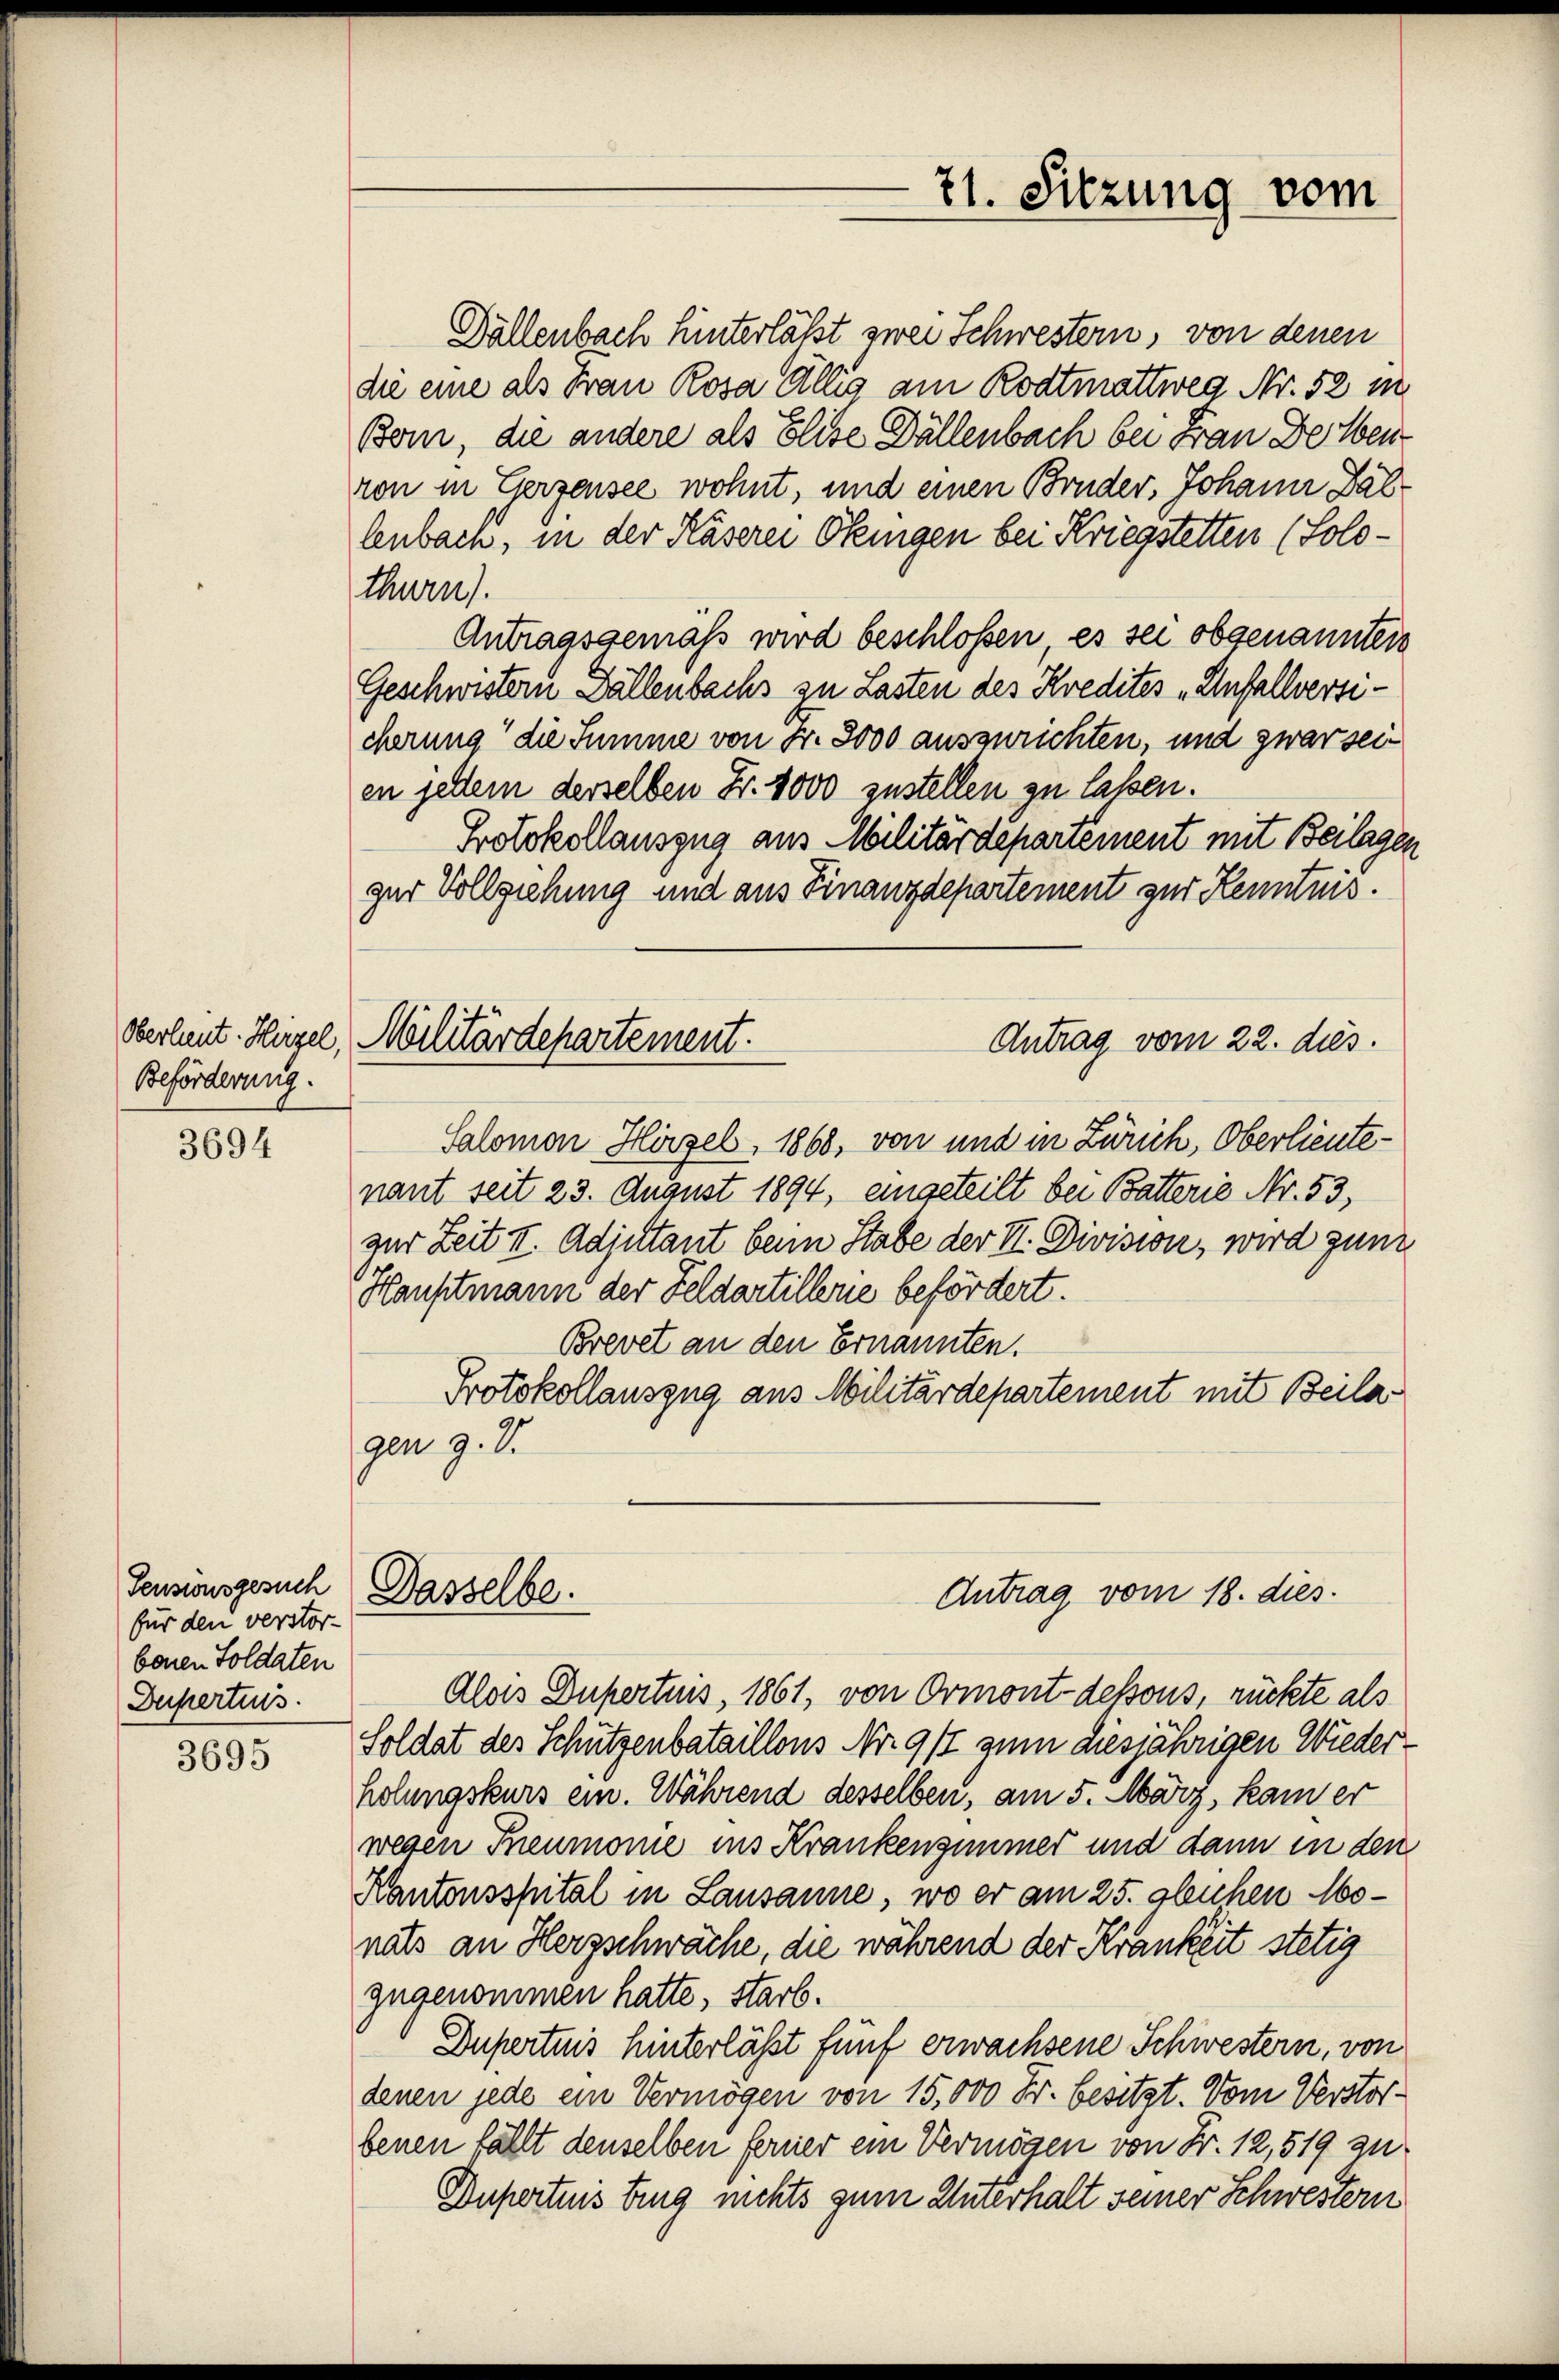
Oberlieut. Hirzel,
Beförderung.

3694

3695

Tensionsgesuch
für den verstor-
benen Soldaten
Duperteis

Dällenbach hinterläßt zwei Schwestern, von denen
die eine als Frau Rosa ällig am Rodtmattweg Nr. 52 in
Bem, die andere als Elise Dällenbach bei Frau Delben
von in Gerzensee wohnt, und einen Bruder, Johann al
lenbach, in der Käserei Okingen bei Kriegstetten (Solothurn).
Antragsgemäss wird beschloßen es sei obgenannten
Geschwistern Fällenbachs zu Lasten des Kredites „Unfallversicherung die Summe von Fr. 3000 auszurichten, und zwar seien jedem derselben Fr. 1000 zustellen zu lassen.
Protokollauszug aus Militärdepartement mit Beilagen
zer Vollziehung und aus Finanzdepartement zur Kenntnis.
Militärdepartement.
Antrag vom 22. dies.
Salomon Hirzel, 1868, von und in Zürich, Oberlieutenant seit 23. August 1894, eingeteilt bei Batterie Nr. 53,
zur Zeit II. Adjutant beim Stabe der II. Division, wird zun
Hauptmann der Feldartillene befördert.
Brevet an den Ernannten.
Protokollauszug aus Militärdepartement mit Beila
gen z. B.

Dasselbe.

71. Sitzung vom

Antrag vom 18. dies

Alois Dupertuis, 1861, von Ormont-dessous, rückte als
Soldat des Schützenbataillons Nr. 9/2 zum diesjährigen Wiederholungskurs ein. Während desselben, am 5. März, kam er
wegen Teumonie ins Krankenzimmer und dann in den
Kantonsspital in Lausanne, wo er am 25. gleichen Monats an Herzschwäche, die während der Krankeit stetig
zugenommen hatte, starb.
Dupertuis hinterlässt fünf erwachsene Schwestern, von
denen jede ein Vermögen von 15,000 Fr. besitzt. Vom Verstorbenen fällt denselben ferner ein Vermögen von Fr. 12,519 zu
Duportens ding nichts zum Unterhalt seiner Schwestern